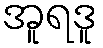
အူရဒူ